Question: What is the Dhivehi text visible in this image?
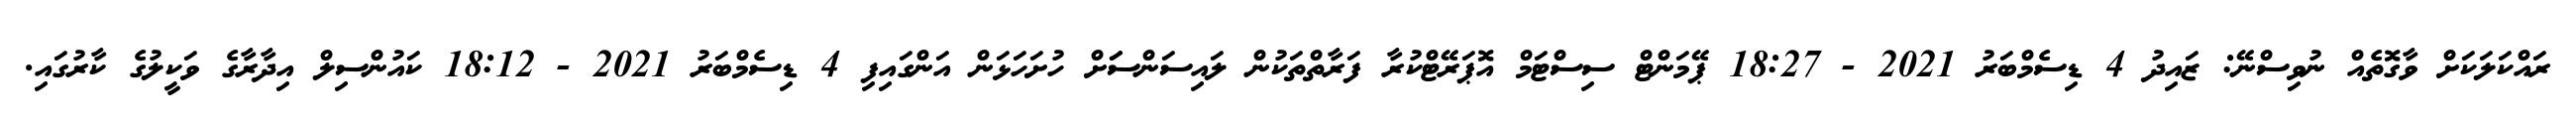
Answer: ރައްކަލަކަށް ވާގޮތެއް ނުވިސްނޭ: ޒައިދު 4 ޑިސެމްބަރު 2021 - 18:27 ޕޭމަންޓް ސިސްޓަމް އޮޕަރޭޓްކުރާ ފަރާތްތަކުން ލައިސަންސަަށް ހުށަހަޅަން އަންގައިފި 4 ޑިސެމްބަރު 2021 - 18:12 ކައުންސިލް އިދާރާގެ ވަކީލުގެ ކާރުގައި.